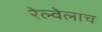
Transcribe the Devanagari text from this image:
रेल्वेलाच